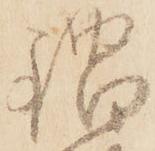
鍋